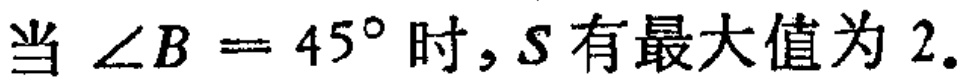
当 $\angle B = 45^{\circ}$ 时，$S$ 有最大值为 $2.$